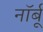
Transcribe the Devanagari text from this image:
नॉर्बू